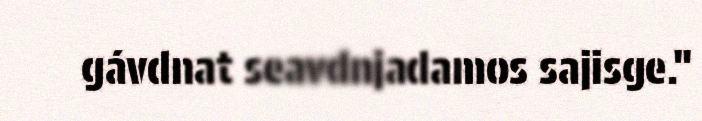
gávdnat seavdnjadamos sajisge."